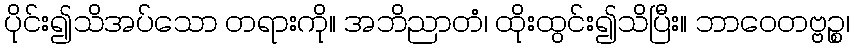
ပိုင်း၍သိအပ်သော တရားကို။ အဘိညာတံ၊ ထိုးထွင်း၍သိပြီး။ ဘာဝေတဗ္ဗဉ္စ၊